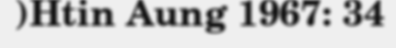
)Htin Aung 1967: 34